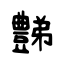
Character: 豑